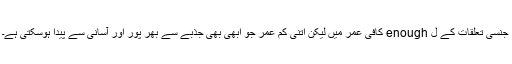
جنسی تعلقات کے ل enough کافی عمر میں لیکن اتنی کم عمر جو ابھی بھی جذبے سے بھر پور اور آسانی سے پیدا ہوسکتی ہے۔